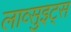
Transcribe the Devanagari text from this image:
लाव्सुइट्स